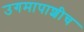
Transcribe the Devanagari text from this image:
उगमापाशीच